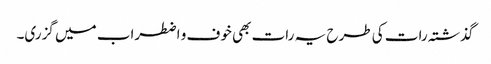
گذشتہ رات کی طرح یہ رات بھی خوف و اضطراب میں گزری۔